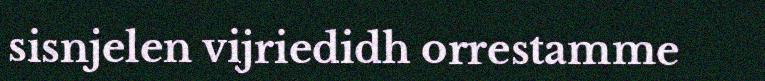
sisnjelen vijriedidh orrestamme